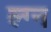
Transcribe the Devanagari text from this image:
ल्ग्न